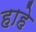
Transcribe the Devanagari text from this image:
हाहे